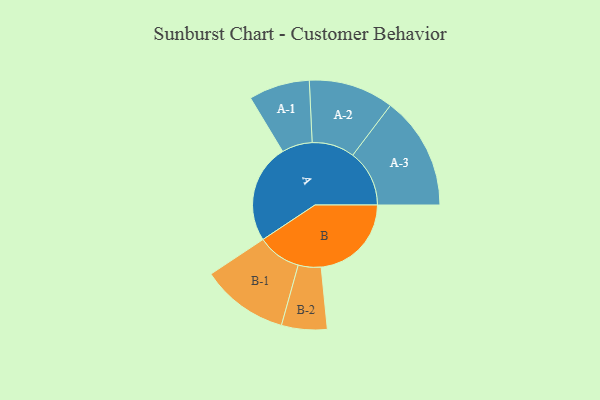
{"axis": {"x": "Segment", "y": "Value"}, "legend": ["", "A", "B"], "data": [{"x": "A", "y": 500, "type": ""}, {"x": "B", "y": 456, "type": ""}, {"x": "A-1", "y": 154, "type": "A"}, {"x": "A-2", "y": 215, "type": "A"}, {"x": "A-3", "y": 286, "type": "A"}, {"x": "B-1", "y": 221, "type": "B"}, {"x": "B-2", "y": 115, "type": "B"}]}